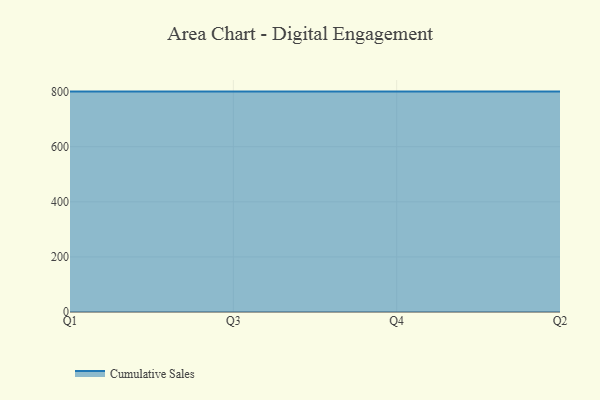
{"axis": {"x": "Quarter", "y": "Backlog"}, "legend": ["Cumulative Sales"], "data": [{"x": "Q1", "y": 800, "type": "Cumulative Sales"}, {"x": "Q3", "y": 800, "type": "Cumulative Sales"}, {"x": "Q4", "y": 800, "type": "Cumulative Sales"}, {"x": "Q2", "y": 800, "type": "Cumulative Sales"}]}